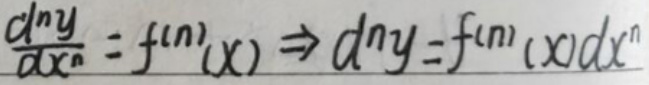
\[
\frac{d^{n}y}{dx^{n}} = f^{(n)}(x) \Rightarrow d^{n}y = f^{(n)}(x)dx^{n}
\]